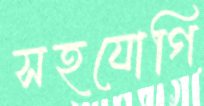
সহযোগি